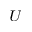
_ U